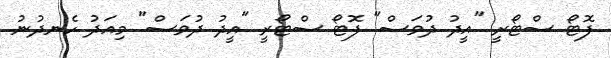
ފޮޓޯ ސްޓޯރީ "އީދު ދުވަސް" ފޮޓޯ ސްޓޯރީ "އީދު ދުވަސް" މިއަދު ހެނދުނު